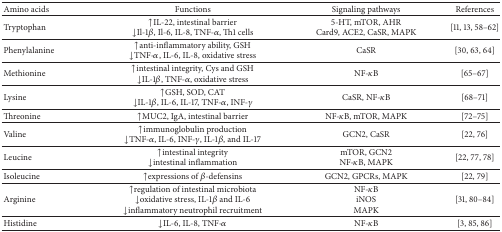
| Amino acids | Functions | Signaling pathways | References |
 | --- | --- | --- | --- |
 | Tryptophan | ↑IL-22, intestinal barrier ↓Il-1β, Il-6, IL-8, TNF-α, Th1 cells | 5-HT, mTOR, AHRCard9, ACE2, CaSR, MAPK | [11, 13, 58–62] |
 | Phenylalanine | ↑anti-inflammatory ability, GSH↓TNF-α, IL-6, IL-8, oxidative stress | CaSR | [30, 63, 64] |
 | Methionine | ↑intestinal integrity, Cys and GSH↓IL-1β, TNF-α, oxidative stress | NF-κB | [65–67] |
 | Lysine | ↑GSH, SOD, CAT↓IL-1β, IL-6, IL-17, TNF-α, INF-γ | CaSR, NF-κB | [68–71] |
 | Threonine | ↑MUC2, IgA, intestinal barrier | NF-κB, mTOR, MAPK | [72–75] |
 | Valine | ↑immunoglobulin production↓TNF-α, IL-6, INF-γ, IL-1β, and IL-17 | GCN2, CaSR | [22, 76] |
 | Leucine | ↑intestinal integrity↓intestinal inflammation | mTOR, GCN2NF-κB, MAPK | [22, 77, 78] |
 | Isoleucine | ↑expressions of β-defensins | GCN2, GPCRs, MAPK | [22, 79] |
 | Arginine | ↑regulation of intestinal microbiota↓oxidative stress, IL-1β and IL-6↓inflammatory neutrophil recruitment | NF-κBiNOSMAPK | [31, 80–84] |
 | Histidine | ↓IL-6, IL-8, TNF-α | NF-κB | [3, 85, 86] |